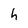
Character: h